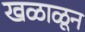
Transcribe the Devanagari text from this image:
खळाळून